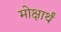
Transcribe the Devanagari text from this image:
मोक्षार्थं